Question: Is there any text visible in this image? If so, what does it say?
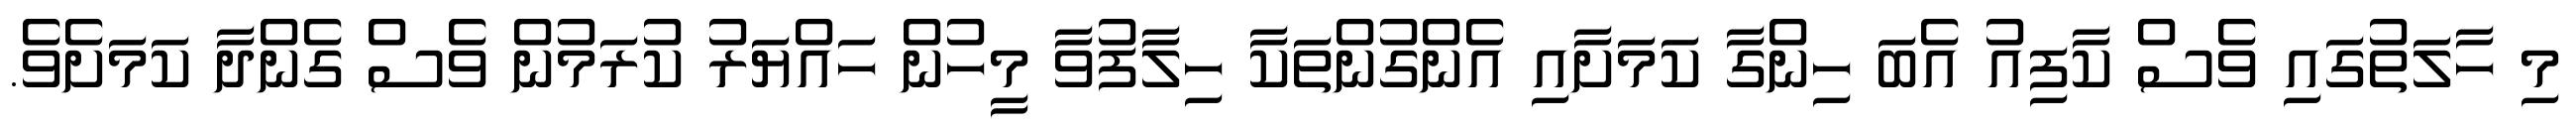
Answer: މި ހާލަތުގައި ވެސް ކާފިއު އެބަ ހިންގާ ކަމަށާއި އެންގުންތަކާ ހިލާފުވާ މީހުން ހައްޔަރު ކުރަމުން ވެސް ގެންދާ ކަމަށެވެ.